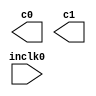
// megafunction wizard: %ALTPLL%VBB%
// GENERATION: STANDARD
// VERSION: WM1.0
// MODULE: altpll 

// ============================================================
// Megafunction Name(s):
// 			altpll
//
// Simulation Library Files(s):
// 			altera_mf
// ============================================================
// ************************************************************
// THIS IS A WIZARD-GENERATED FILE. DO NOT EDIT THIS FILE!
//
// 9.1 Build 350 03/24/2010 SP 2 SJ Full Version
// ************************************************************

//Copyright (C) 1991-2010 Altera Corporation
//Your use of Altera Corporation's design tools, logic functions 
//and other software and tools, and its AMPP partner logic 
//functions, and any output files from any of the foregoing 
//(including device programming or simulation files), and any 
//associated documentation or information are expressly subject 
//to the terms and conditions of the Altera Program License 
//Subscription Agreement, Altera MegaCore Function License 
//Agreement, or other applicable license agreement, including, 
//without limitation, that your use is for the sole purpose of 
//programming logic devices manufactured by Altera and sold by 
//Altera or its authorized distributors.  Please refer to the 
//applicable agreement for further details.

module altpllpll (
	inclk0,
	c0,
	c1);

	input	  inclk0;
	output	  c0;
	output	  c1;

endmodule

// ============================================================
// CNX file retrieval info
// ============================================================
// Retrieval info: PRIVATE: ACTIVECLK_CHECK STRING "0"
// Retrieval info: PRIVATE: BANDWIDTH STRING "1.000"
// Retrieval info: PRIVATE: BANDWIDTH_FEATURE_ENABLED STRING "1"
// Retrieval info: PRIVATE: BANDWIDTH_FREQ_UNIT STRING "MHz"
// Retrieval info: PRIVATE: BANDWIDTH_PRESET STRING "Low"
// Retrieval info: PRIVATE: BANDWIDTH_USE_AUTO STRING "1"
// Retrieval info: PRIVATE: BANDWIDTH_USE_PRESET STRING "0"
// Retrieval info: PRIVATE: CLKBAD_SWITCHOVER_CHECK STRING "0"
// Retrieval info: PRIVATE: CLKLOSS_CHECK STRING "0"
// Retrieval info: PRIVATE: CLKSWITCH_CHECK STRING "0"
// Retrieval info: PRIVATE: CNX_NO_COMPENSATE_RADIO STRING "0"
// Retrieval info: PRIVATE: CREATE_CLKBAD_CHECK STRING "0"
// Retrieval info: PRIVATE: CREATE_INCLK1_CHECK STRING "0"
// Retrieval info: PRIVATE: CUR_DEDICATED_CLK STRING "c0"
// Retrieval info: PRIVATE: CUR_FBIN_CLK STRING "e0"
// Retrieval info: PRIVATE: DEVICE_SPEED_GRADE STRING "Any"
// Retrieval info: PRIVATE: DIV_FACTOR0 NUMERIC "1"
// Retrieval info: PRIVATE: DIV_FACTOR1 NUMERIC "1"
// Retrieval info: PRIVATE: DUTY_CYCLE0 STRING "50.00000000"
// Retrieval info: PRIVATE: DUTY_CYCLE1 STRING "50.00000000"
// Retrieval info: PRIVATE: EFF_OUTPUT_FREQ_VALUE0 STRING "50.000000"
// Retrieval info: PRIVATE: EFF_OUTPUT_FREQ_VALUE1 STRING "10.000000"
// Retrieval info: PRIVATE: EXPLICIT_SWITCHOVER_COUNTER STRING "0"
// Retrieval info: PRIVATE: EXT_FEEDBACK_RADIO STRING "0"
// Retrieval info: PRIVATE: GLOCKED_COUNTER_EDIT_CHANGED STRING "1"
// Retrieval info: PRIVATE: GLOCKED_FEATURE_ENABLED STRING "0"
// Retrieval info: PRIVATE: GLOCKED_MODE_CHECK STRING "0"
// Retrieval info: PRIVATE: GLOCK_COUNTER_EDIT NUMERIC "1048575"
// Retrieval info: PRIVATE: HAS_MANUAL_SWITCHOVER STRING "1"
// Retrieval info: PRIVATE: INCLK0_FREQ_EDIT STRING "50.000"
// Retrieval info: PRIVATE: INCLK0_FREQ_UNIT_COMBO STRING "MHz"
// Retrieval info: PRIVATE: INCLK1_FREQ_EDIT STRING "100.000"
// Retrieval info: PRIVATE: INCLK1_FREQ_EDIT_CHANGED STRING "1"
// Retrieval info: PRIVATE: INCLK1_FREQ_UNIT_CHANGED STRING "1"
// Retrieval info: PRIVATE: INCLK1_FREQ_UNIT_COMBO STRING "MHz"
// Retrieval info: PRIVATE: INTENDED_DEVICE_FAMILY STRING "Stratix IV"
// Retrieval info: PRIVATE: INT_FEEDBACK__MODE_RADIO STRING "1"
// Retrieval info: PRIVATE: LOCKED_OUTPUT_CHECK STRING "0"
// Retrieval info: PRIVATE: LONG_SCAN_RADIO STRING "1"
// Retrieval info: PRIVATE: LVDS_MODE_DATA_RATE STRING "350.000"
// Retrieval info: PRIVATE: LVDS_MODE_DATA_RATE_DIRTY NUMERIC "0"
// Retrieval info: PRIVATE: LVDS_PHASE_SHIFT_UNIT0 STRING "ps"
// Retrieval info: PRIVATE: LVDS_PHASE_SHIFT_UNIT1 STRING "ps"
// Retrieval info: PRIVATE: MIG_DEVICE_SPEED_GRADE STRING "Any"
// Retrieval info: PRIVATE: MULT_FACTOR0 NUMERIC "1"
// Retrieval info: PRIVATE: MULT_FACTOR1 NUMERIC "1"
// Retrieval info: PRIVATE: NORMAL_MODE_RADIO STRING "1"
// Retrieval info: PRIVATE: OUTPUT_FREQ0 STRING "50.00000000"
// Retrieval info: PRIVATE: OUTPUT_FREQ1 STRING "10.00000000"
// Retrieval info: PRIVATE: OUTPUT_FREQ_MODE0 STRING "1"
// Retrieval info: PRIVATE: OUTPUT_FREQ_MODE1 STRING "1"
// Retrieval info: PRIVATE: OUTPUT_FREQ_UNIT0 STRING "MHz"
// Retrieval info: PRIVATE: OUTPUT_FREQ_UNIT1 STRING "MHz"
// Retrieval info: PRIVATE: PHASE_RECONFIG_FEATURE_ENABLED STRING "1"
// Retrieval info: PRIVATE: PHASE_RECONFIG_INPUTS_CHECK STRING "0"
// Retrieval info: PRIVATE: PHASE_SHIFT0 STRING "0.00000000"
// Retrieval info: PRIVATE: PHASE_SHIFT1 STRING "0.00000000"
// Retrieval info: PRIVATE: PHASE_SHIFT_STEP_ENABLED_CHECK STRING "0"
// Retrieval info: PRIVATE: PHASE_SHIFT_UNIT0 STRING "ps"
// Retrieval info: PRIVATE: PHASE_SHIFT_UNIT1 STRING "ps"
// Retrieval info: PRIVATE: PLL_ADVANCED_PARAM_CHECK STRING "0"
// Retrieval info: PRIVATE: PLL_ARESET_CHECK STRING "0"
// Retrieval info: PRIVATE: PLL_AUTOPLL_CHECK NUMERIC "1"
// Retrieval info: PRIVATE: PLL_ENHPLL_CHECK NUMERIC "0"
// Retrieval info: PRIVATE: PLL_FASTPLL_CHECK NUMERIC "0"
// Retrieval info: PRIVATE: PLL_FBMIMIC_CHECK STRING "0"
// Retrieval info: PRIVATE: PLL_LVDS_PLL_CHECK NUMERIC "0"
// Retrieval info: PRIVATE: PLL_PFDENA_CHECK STRING "0"
// Retrieval info: PRIVATE: PLL_TARGET_HARCOPY_CHECK NUMERIC "0"
// Retrieval info: PRIVATE: PRIMARY_CLK_COMBO STRING "inclk0"
// Retrieval info: PRIVATE: RECONFIG_FILE STRING "altpllpll_0.mif"
// Retrieval info: PRIVATE: SACN_INPUTS_CHECK STRING "0"
// Retrieval info: PRIVATE: SCAN_FEATURE_ENABLED STRING "1"
// Retrieval info: PRIVATE: SELF_RESET_LOCK_LOSS STRING "0"
// Retrieval info: PRIVATE: SHORT_SCAN_RADIO STRING "0"
// Retrieval info: PRIVATE: SPREAD_FEATURE_ENABLED STRING "0"
// Retrieval info: PRIVATE: SPREAD_FREQ STRING "50.000"
// Retrieval info: PRIVATE: SPREAD_FREQ_UNIT STRING "KHz"
// Retrieval info: PRIVATE: SPREAD_PERCENT STRING "0.500"
// Retrieval info: PRIVATE: SPREAD_USE STRING "0"
// Retrieval info: PRIVATE: SRC_SYNCH_COMP_RADIO STRING "0"
// Retrieval info: PRIVATE: STICKY_CLK0 STRING "1"
// Retrieval info: PRIVATE: STICKY_CLK1 STRING "1"
// Retrieval info: PRIVATE: SWITCHOVER_COUNT_EDIT NUMERIC "1"
// Retrieval info: PRIVATE: SWITCHOVER_FEATURE_ENABLED STRING "1"
// Retrieval info: PRIVATE: SYNTH_WRAPPER_GEN_POSTFIX STRING "0"
// Retrieval info: PRIVATE: USE_CLK0 STRING "1"
// Retrieval info: PRIVATE: USE_CLK1 STRING "1"
// Retrieval info: PRIVATE: USE_MIL_SPEED_GRADE NUMERIC "0"
// Retrieval info: PRIVATE: ZERO_DELAY_RADIO STRING "0"
// Retrieval info: LIBRARY: altera_mf altera_mf.altera_mf_components.all
// Retrieval info: CONSTANT: BANDWIDTH_TYPE STRING "AUTO"
// Retrieval info: CONSTANT: CLK0_DIVIDE_BY NUMERIC "1"
// Retrieval info: CONSTANT: CLK0_DUTY_CYCLE NUMERIC "50"
// Retrieval info: CONSTANT: CLK0_MULTIPLY_BY NUMERIC "1"
// Retrieval info: CONSTANT: CLK0_PHASE_SHIFT STRING "0"
// Retrieval info: CONSTANT: CLK1_DIVIDE_BY NUMERIC "5"
// Retrieval info: CONSTANT: CLK1_DUTY_CYCLE NUMERIC "50"
// Retrieval info: CONSTANT: CLK1_MULTIPLY_BY NUMERIC "1"
// Retrieval info: CONSTANT: CLK1_PHASE_SHIFT STRING "0"
// Retrieval info: CONSTANT: COMPENSATE_CLOCK STRING "CLK0"
// Retrieval info: CONSTANT: INCLK0_INPUT_FREQUENCY NUMERIC "20000"
// Retrieval info: CONSTANT: INTENDED_DEVICE_FAMILY STRING "Stratix IV"
// Retrieval info: CONSTANT: LPM_TYPE STRING "altpll"
// Retrieval info: CONSTANT: OPERATION_MODE STRING "NORMAL"
// Retrieval info: CONSTANT: PLL_TYPE STRING "AUTO"
// Retrieval info: CONSTANT: PORT_ACTIVECLOCK STRING "PORT_UNUSED"
// Retrieval info: CONSTANT: PORT_ARESET STRING "PORT_UNUSED"
// Retrieval info: CONSTANT: PORT_CLKBAD0 STRING "PORT_UNUSED"
// Retrieval info: CONSTANT: PORT_CLKBAD1 STRING "PORT_UNUSED"
// Retrieval info: CONSTANT: PORT_CLKLOSS STRING "PORT_UNUSED"
// Retrieval info: CONSTANT: PORT_CLKSWITCH STRING "PORT_UNUSED"
// Retrieval info: CONSTANT: PORT_CONFIGUPDATE STRING "PORT_UNUSED"
// Retrieval info: CONSTANT: PORT_FBIN STRING "PORT_UNUSED"
// Retrieval info: CONSTANT: PORT_FBOUT STRING "PORT_UNUSED"
// Retrieval info: CONSTANT: PORT_INCLK0 STRING "PORT_USED"
// Retrieval info: CONSTANT: PORT_INCLK1 STRING "PORT_UNUSED"
// Retrieval info: CONSTANT: PORT_LOCKED STRING "PORT_UNUSED"
// Retrieval info: CONSTANT: PORT_PFDENA STRING "PORT_UNUSED"
// Retrieval info: CONSTANT: PORT_PHASECOUNTERSELECT STRING "PORT_UNUSED"
// Retrieval info: CONSTANT: PORT_PHASEDONE STRING "PORT_UNUSED"
// Retrieval info: CONSTANT: PORT_PHASESTEP STRING "PORT_UNUSED"
// Retrieval info: CONSTANT: PORT_PHASEUPDOWN STRING "PORT_UNUSED"
// Retrieval info: CONSTANT: PORT_PLLENA STRING "PORT_UNUSED"
// Retrieval info: CONSTANT: PORT_SCANACLR STRING "PORT_UNUSED"
// Retrieval info: CONSTANT: PORT_SCANCLK STRING "PORT_UNUSED"
// Retrieval info: CONSTANT: PORT_SCANCLKENA STRING "PORT_UNUSED"
// Retrieval info: CONSTANT: PORT_SCANDATA STRING "PORT_UNUSED"
// Retrieval info: CONSTANT: PORT_SCANDATAOUT STRING "PORT_UNUSED"
// Retrieval info: CONSTANT: PORT_SCANDONE STRING "PORT_UNUSED"
// Retrieval info: CONSTANT: PORT_SCANREAD STRING "PORT_UNUSED"
// Retrieval info: CONSTANT: PORT_SCANWRITE STRING "PORT_UNUSED"
// Retrieval info: CONSTANT: PORT_clk0 STRING "PORT_USED"
// Retrieval info: CONSTANT: PORT_clk1 STRING "PORT_USED"
// Retrieval info: CONSTANT: PORT_clk2 STRING "PORT_UNUSED"
// Retrieval info: CONSTANT: PORT_clk3 STRING "PORT_UNUSED"
// Retrieval info: CONSTANT: PORT_clk4 STRING "PORT_UNUSED"
// Retrieval info: CONSTANT: PORT_clk5 STRING "PORT_UNUSED"
// Retrieval info: CONSTANT: PORT_clk6 STRING "PORT_UNUSED"
// Retrieval info: CONSTANT: PORT_clk7 STRING "PORT_UNUSED"
// Retrieval info: CONSTANT: PORT_clk8 STRING "PORT_UNUSED"
// Retrieval info: CONSTANT: PORT_clk9 STRING "PORT_UNUSED"
// Retrieval info: CONSTANT: PORT_clkena0 STRING "PORT_UNUSED"
// Retrieval info: CONSTANT: PORT_clkena1 STRING "PORT_UNUSED"
// Retrieval info: CONSTANT: PORT_clkena2 STRING "PORT_UNUSED"
// Retrieval info: CONSTANT: PORT_clkena3 STRING "PORT_UNUSED"
// Retrieval info: CONSTANT: PORT_clkena4 STRING "PORT_UNUSED"
// Retrieval info: CONSTANT: PORT_clkena5 STRING "PORT_UNUSED"
// Retrieval info: CONSTANT: USING_FBMIMICBIDIR_PORT STRING "OFF"
// Retrieval info: CONSTANT: WIDTH_CLOCK NUMERIC "10"
// Retrieval info: USED_PORT: @clk 0 0 10 0 OUTPUT_CLK_EXT VCC "@clk[9..0]"
// Retrieval info: USED_PORT: c0 0 0 0 0 OUTPUT_CLK_EXT VCC "c0"
// Retrieval info: USED_PORT: c1 0 0 0 0 OUTPUT_CLK_EXT VCC "c1"
// Retrieval info: USED_PORT: inclk0 0 0 0 0 INPUT_CLK_EXT GND "inclk0"
// Retrieval info: CONNECT: @inclk 0 0 1 0 inclk0 0 0 0 0
// Retrieval info: CONNECT: c0 0 0 0 0 @clk 0 0 1 0
// Retrieval info: CONNECT: c1 0 0 0 0 @clk 0 0 1 1
// Retrieval info: CONNECT: @inclk 0 0 1 1 GND 0 0 0 0
// Retrieval info: GEN_FILE: TYPE_NORMAL altpllpll.v TRUE
// Retrieval info: GEN_FILE: TYPE_NORMAL altpllpll.ppf TRUE
// Retrieval info: GEN_FILE: TYPE_NORMAL altpllpll.inc FALSE
// Retrieval info: GEN_FILE: TYPE_NORMAL altpllpll.cmp FALSE
// Retrieval info: GEN_FILE: TYPE_NORMAL altpllpll.bsf TRUE
// Retrieval info: GEN_FILE: TYPE_NORMAL altpllpll_inst.v FALSE
// Retrieval info: GEN_FILE: TYPE_NORMAL altpllpll_bb.v TRUE
// Retrieval info: LIB_FILE: altera_mf